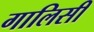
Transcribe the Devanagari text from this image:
गालिसी